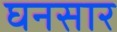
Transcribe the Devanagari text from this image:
घनसार